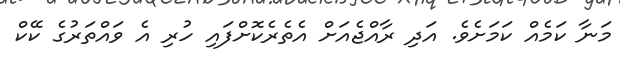
މަނާ ކަމެއް ކަމަށެވެ. އަދި ރާއްޖެއަށް އެތެރެކޮށްފައި ހުރި އެ ވައްތަރުގެ ކޭކް